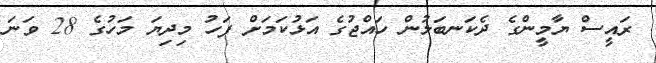
ރައީސް ޔާމީންގެ ދެކަނބަލުން ހައްޖުގެ އަޅުކަމަށް ފަހު މިދިޔަ މަހުގެ 28 ވަނަ